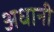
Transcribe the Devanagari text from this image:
अधानी